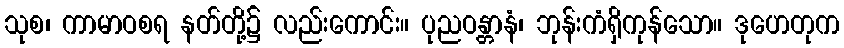
သုစ၊ ကာမာဝစရ နတ်တို့၌ လည်းကောင်း။ ပုညဝန္တာနံ၊ ဘုန်းကံရှိကုန်သော။ ဒုဟေတုက